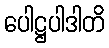
ပေါဋ္ဌပါဒါတိ